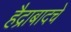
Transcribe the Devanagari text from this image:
हैद्राबादचे